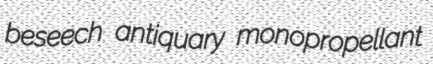
beseech antiquary monopropellant